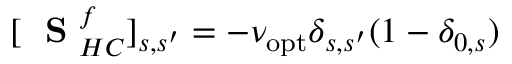
[ \mathrm { ~ \bf ~ S ~ } _ { H C } ^ { f } ] _ { s , s ^ { \prime } } = - \nu _ { \mathrm { o p t } } \delta _ { s , s ^ { \prime } } ( 1 - \delta _ { 0 , s } )